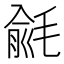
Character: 毹